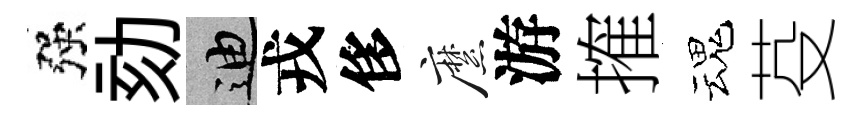
强劾迪戎侈縻游搉魂芟